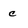
Character: c